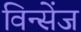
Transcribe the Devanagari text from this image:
विन्सेंज